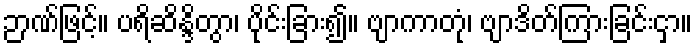
ဉာဏ်ဖြင့်။ ပရိဆိန္ဒိတွာ၊ ပိုင်းခြား၍။ ဗျာကာတုံ၊ ဗျာဒိတ်ကြားခြင်းငှာ။